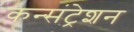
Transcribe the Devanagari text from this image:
कन्संट्रेशन